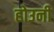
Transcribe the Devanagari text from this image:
होउनी